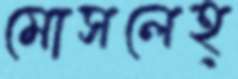
মোসলেহ্